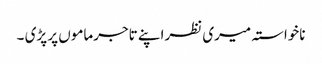
ناخواستہ میری نظراپنے تاجرماموں پر پڑی ۔